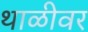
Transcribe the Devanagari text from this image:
थाळीवर